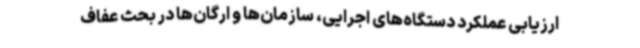
ارزیابی عملکرد دستگاه‌های اجرایی، سازمان‌ها و ارگان‌ها در بحث عفاف